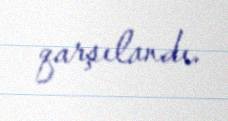
qarşılandı.